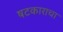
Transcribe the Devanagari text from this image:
षटकाराचा